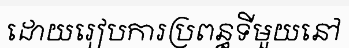
ដោយរៀបការប្រពន្ធទីមួយនៅ